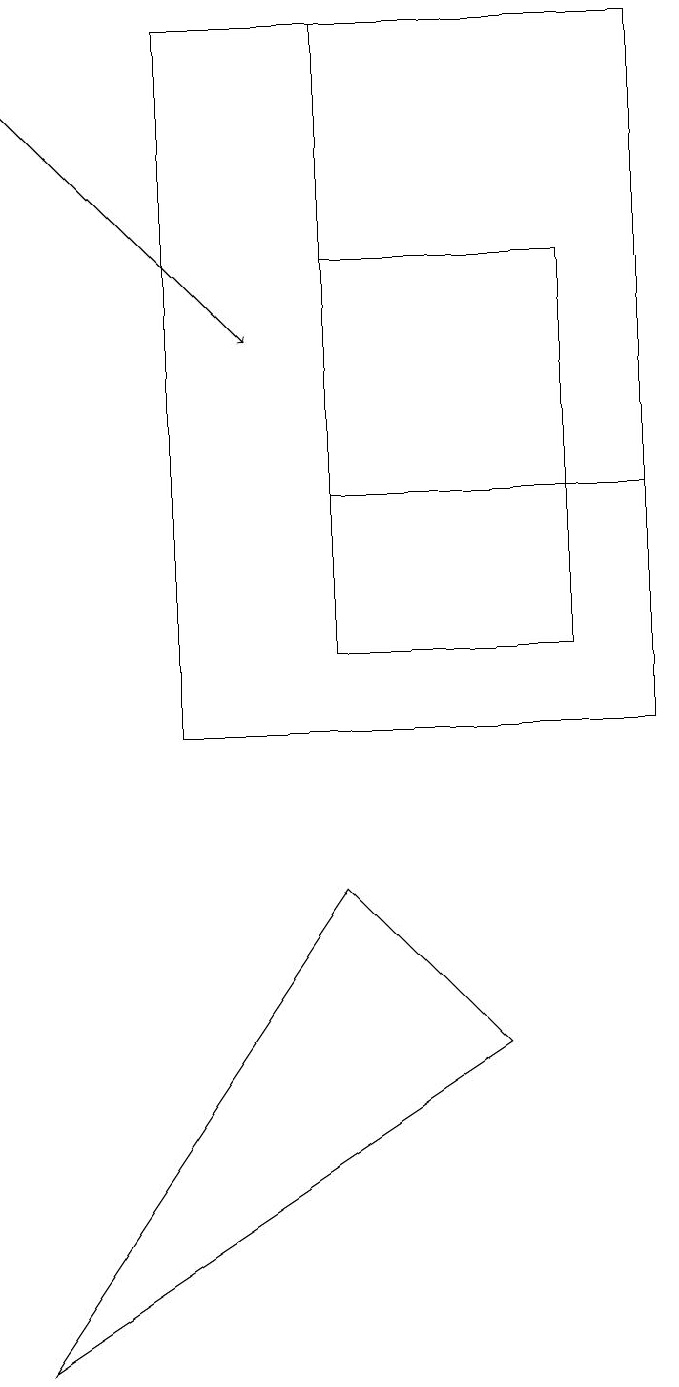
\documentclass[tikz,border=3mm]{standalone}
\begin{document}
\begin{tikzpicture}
\draw (8,16) rectangle (5,11);
\draw (9,19) rectangle (3,10);
\draw (5,13) rectangle (9,19);
\draw (7,6) -- (1,2) -- (5,8) -- cycle;
\draw[->] (1,18) -- (4,15);
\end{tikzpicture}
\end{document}